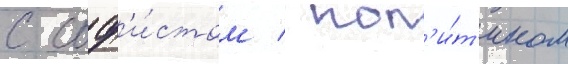
с соф'и́стом / пол'и́т'иком